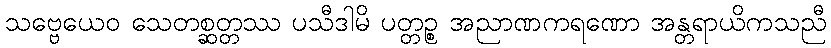
သဗ္ဗေယေဝ သေတစ္ဆတ္တဿ ပသီဒါမိ ပတ္တဉ္စ အညာဏကရဏော အန္တရာယိကသညီ